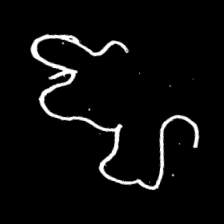
Pyu character \u2014 Myanmar letter: ဈ (romanized: jha)